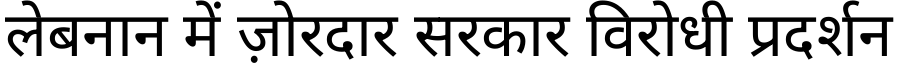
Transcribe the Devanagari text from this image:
लेबनान में ज़ोरदार सरकार विरोधी प्रदर्शन